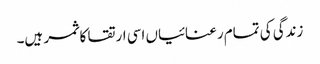
زندگی کی تمام رعنائیاں اسی ارتقا کا ثمر ہیں۔